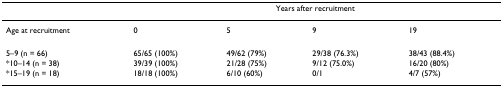
|  | <COLSPAN=4> Years after recruitment |
 | --- | --- | --- | --- | --- |
 | Age at recruitment | 0 | 5 | 9 | 19 |
 | 5–9 (n = 66) | 65/65 (100%) | 49/62 (79%) | 29/38 (76.3%) | 38/43 (88.4%) |
 | *10–14 (n = 38) | 39/39 (100%) | 21/28 (75%) | 9/12 (75.0%) | 16/20 (80%) |
 | *15–19 (n = 18) | 18/18 (100%) | 6/10 (60%) | 0/1 | 4/7 (57%) |